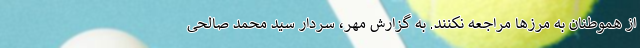
از هموطنان به مرزها مراجعه نکنند. به گزارش مهر، سردار سید محمد صالحی